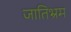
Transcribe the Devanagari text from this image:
जातिभ्रम